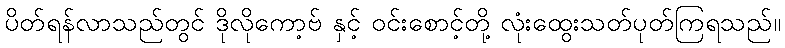
ပိတ်ရန်လာသည်တွင် ဒိုလိုကော့ဗ် နှင့် ဝင်းစောင့်တို့ လုံးထွေးသတ်ပုတ်ကြရသည်။